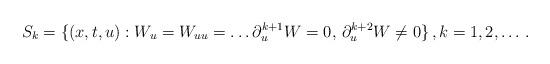
LaTeX: \begin{align*} S_k= \{(x,t,u): W_u=W_{uu}= \dots \partial_u^{k+1}W=0,\, \partial_u^{k+2}W\neq 0 \} \, , k=1,2, \dots\, . \end{align*}